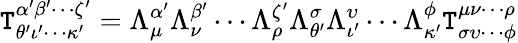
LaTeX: \mathtt{T}_{\theta^{\prime}\iota^{\prime}\cdots\kappa^{\prime}}^{\alpha^{\prime}\beta^{\prime}\cdots\zeta^{\prime}}=\Lambda^{\alpha^{\prime}}_{\mu}\Lambda^{\beta^{\prime}}_{\nu}\cdots\Lambda^{\zeta^{\prime}}_{\rho}\Lambda_{\theta^{\prime}}^{\sigma}\Lambda_{\iota^{\prime}}^{\upsilon}\cdots\Lambda_{\kappa^{\prime}}^{\phi}\mathtt{T}_{\sigma\upsilon\cdots\phi}^{\mu\nu\cdots\rho}